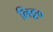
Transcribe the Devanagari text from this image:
लिट्ट०